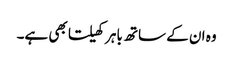
وہ ان کے ساتھ باہر کھیلتا بھی ہے۔